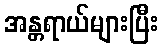
အန္တရာယ်များပြီး